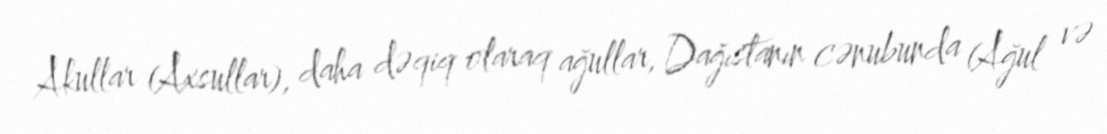
Akullar (Axsullar), daha dəqiq olaraq ağullar, Dağıstanın cənubunda (Ağul və